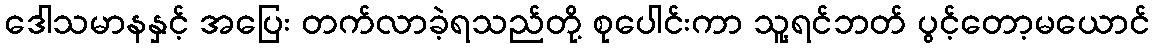
ဒေါသမာနနှင့် အပြေး တက်လာခဲ့ရသည်တို့ စုပေါင်းကာ သူ့ရင်ဘတ် ပွင့်တော့မယောင်